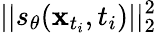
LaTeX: ||s_{\theta}(\mathbf{x}_{t_{i}},t_{i})||_{2}^{2}